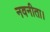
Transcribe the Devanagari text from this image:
नवनीता।